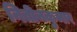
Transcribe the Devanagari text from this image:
नितीनकुमार